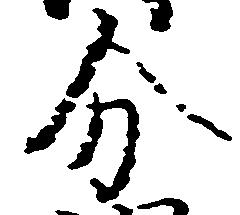
分